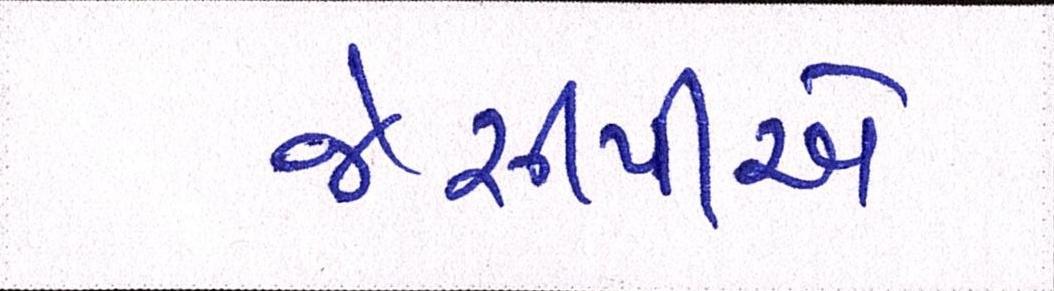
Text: જેસીપીએ